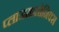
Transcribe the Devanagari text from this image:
प्लाजमासोनिक्स